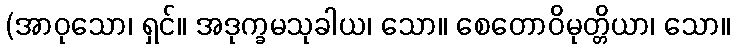
(အာဝုသော၊ ရှင်။ အဒုက္ခမသုခါယ၊ သော။ စေတောဝိမုတ္တိယာ၊ သော။